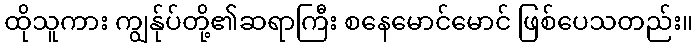
ထိုသူကား ကျွန်ုပ်တို့၏ဆရာကြီး စနေမောင်မောင် ဖြစ်ပေသတည်း။